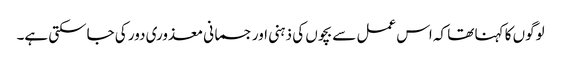
لوگوں کا کہنا تھا کہ اس عمل سے بچوں کی ذہنی اور جسمانی معذوری دور کی جاسکتی ہے۔